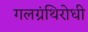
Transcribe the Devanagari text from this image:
गलग्रंथिरोधी